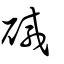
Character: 碱